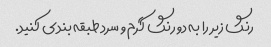
رنگ زیر را به دو رنگ گرم و سرد طبقه بندی کنید.